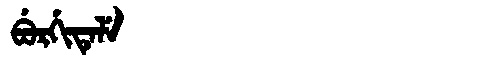
Manchu: ᠪᡠᡵᡤᡳᡨᡝᠯᡝ
Romanization: BURGITELE